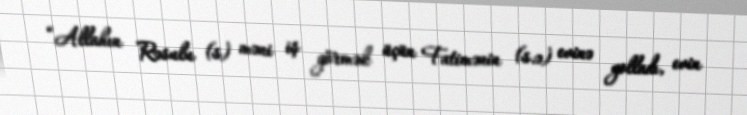
“Allahın Rəsulu (s) məni iş görmək üçün Fatimənin (s.ə) evinə yolladı, evin